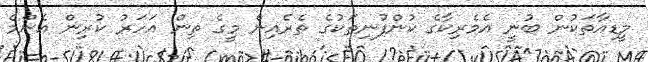
މީޑިއާތަކުން ބުނީ އެމެރިކާގެ ކުންފުނިތަކުގެ ތެރެއިން މީގެ ތިން އަހަރު ކުރިން އެންމެ